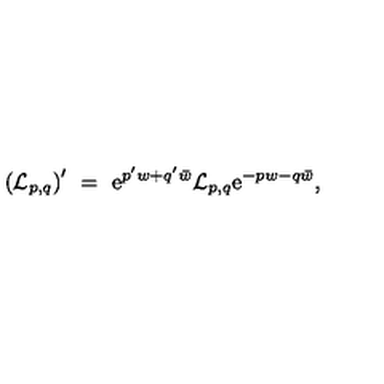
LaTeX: \left( { \cal L } _ { p , q } \right) ^ { \prime } \ = \ \mathrm { e } ^ { p ^ { \prime } w + q ^ { \prime } \bar { w } } { \cal L } _ { p , q } \mathrm { e } ^ { - p w - q \bar { w } } ,